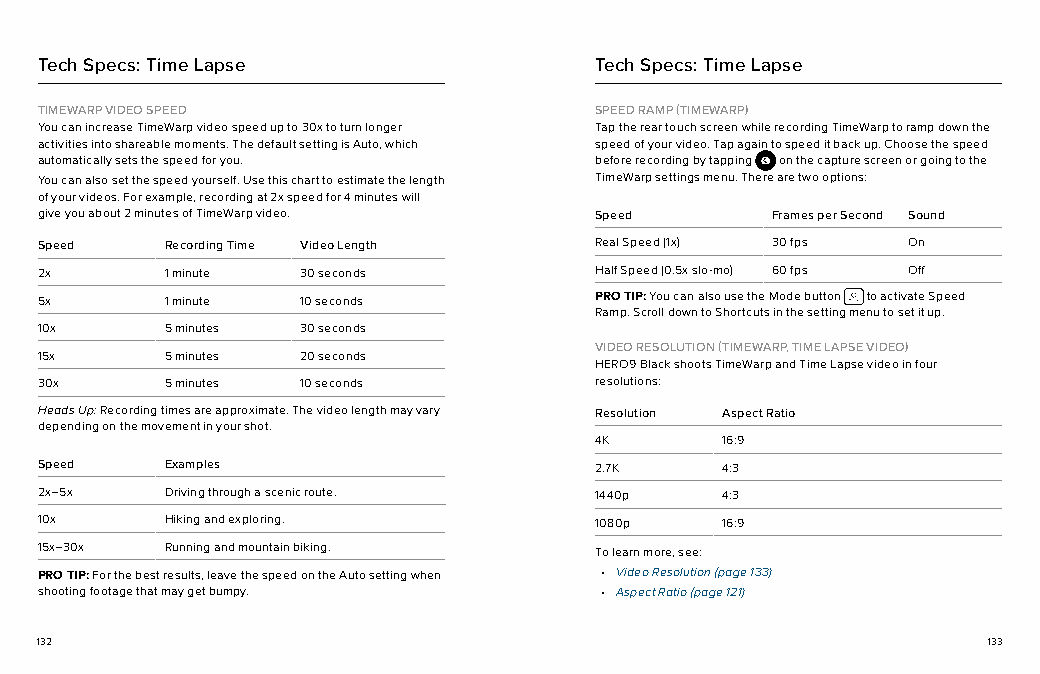
Tech Specs: Time Lapse              Tech Specs: Time Lapse
 TIMEWARP VIDEO SPEED                 SPEED RAMP (TIMEWARP)
 You can increase TimeWarp video speed up to 30x to turn longer Tap the rear touch screen while recording TimeWarp to ramp down the
 activities into shareable moments. The default setting is Auto, which speed of your video. Tap again to speed it back up. Choose the speed
 automatically sets the speed for you. before recording by tapping on the capture screen or going to the
 You can also set the speed yourself. Use this chart to estimate the length TimeWarp settings menu. There are two options:
 of your videos. For example, recording at 2x speed for 4 minutes will
 give you about 2 minutes of TimeWarp video. Speed Frames per Second Sound
 Speed    Recording Time Video Length Real Speed (1x) 30 fps On
 2x       1 minute 30 seconds         Half Speed (0.5x slo-mo) 60 fps Off
 5x       1 minute 10 seconds         PRO TIP: You can also use the Mode button to activate Speed
 Ramp. Scroll down to Shortcuts in the setting menu to set it up.
 10x      5 minutes 30 seconds
 VIDEO RESOLUTION (TIMEWARP, TIME LAPSE VIDEO)
 15x      5 minutes 20 seconds
 HERO9 Black shoots TimeWarp and Time Lapse video in four
 30x      5 minutes 10 seconds        resolutions:
 Heads Up: Recording times are approximate. The video length may vary Resolution Aspect Ratio
 depending on the movement in your shot.
 4K       16:9
 Speed    Examples                    2.7K     4:3
 2x–5x    Driving through a scenic route. 1440p 4:3
 10x      Hiking and exploring.       1080p    16:9
 15x–30x  Running and mountain biking. To learn more, see:
 PRO TIP: For the best results, leave the speed on the Auto setting when • Video Resolution (page 133)
 shooting footage that may get bumpy.  • Aspect Ratio (page 121)
 132                                                            133